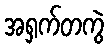
အရှက်တကွဲ